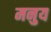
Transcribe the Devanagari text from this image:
मनुय